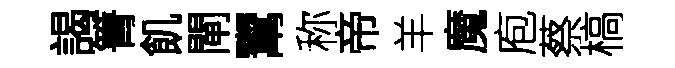
謁箐飢閘鬻称帝羊魔庖蔡槁